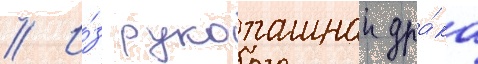
// И́з рукопашнои дра́ка